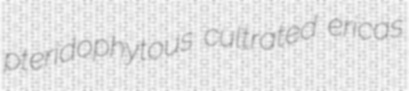
pteridophytous cultrated ericas